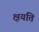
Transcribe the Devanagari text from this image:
क्षयति